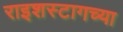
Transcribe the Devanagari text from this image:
राइशस्टागच्या